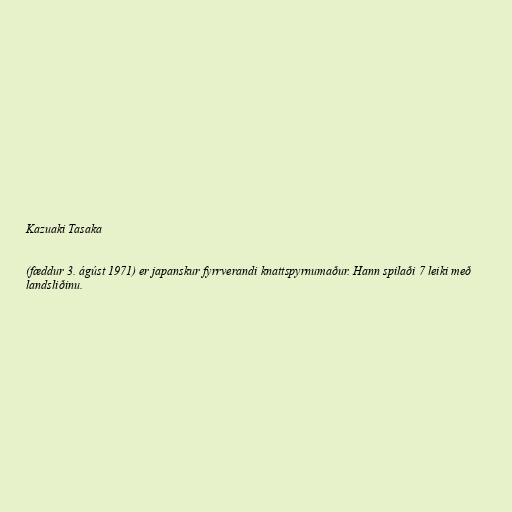
Kazuaki Tasaka

(fæddur 3. ágúst 1971) er japanskur fyrrverandi knattspyrnumaður. Hann spilaði 7 leiki með
landsliðinu.